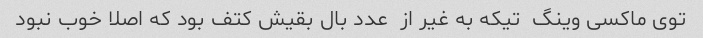
توی ماکسی وینگ  تیکه به غیر از  عدد بال بقیش کتف بود که اصلا خوب نبود